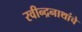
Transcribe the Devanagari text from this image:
रवीन्द्रनाथांचे